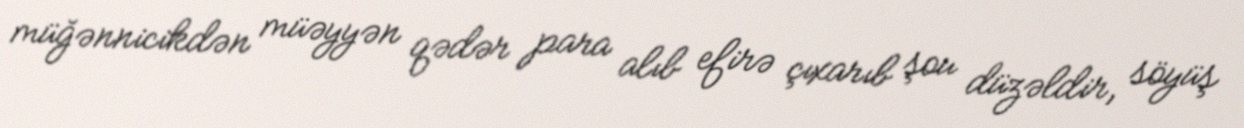
müğənnicikdən müəyyən qədər para alıb efirə çıxarıb şou düzəldir, söyüş